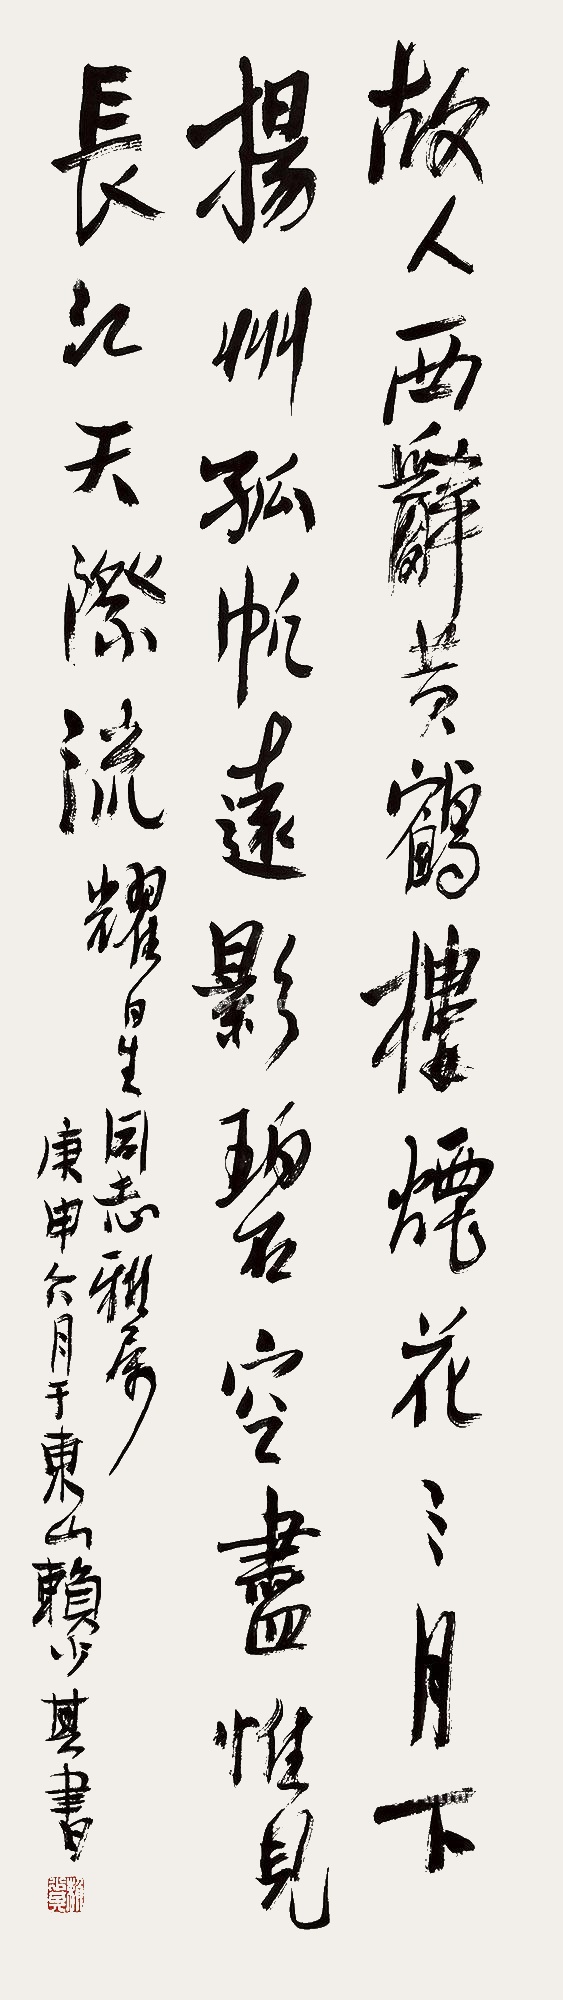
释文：故人西辞黄鹤楼，烟花三月下扬州。孤帆远影碧空尽，惟见长江天际流。耀星同志雅属，庚申六月于东山赖少其书。